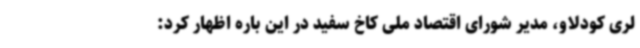
لری کودلاو، مدیر شورای اقتصاد ملی کاخ سفید در این باره اظهار کرد: